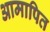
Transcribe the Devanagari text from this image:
आमापित